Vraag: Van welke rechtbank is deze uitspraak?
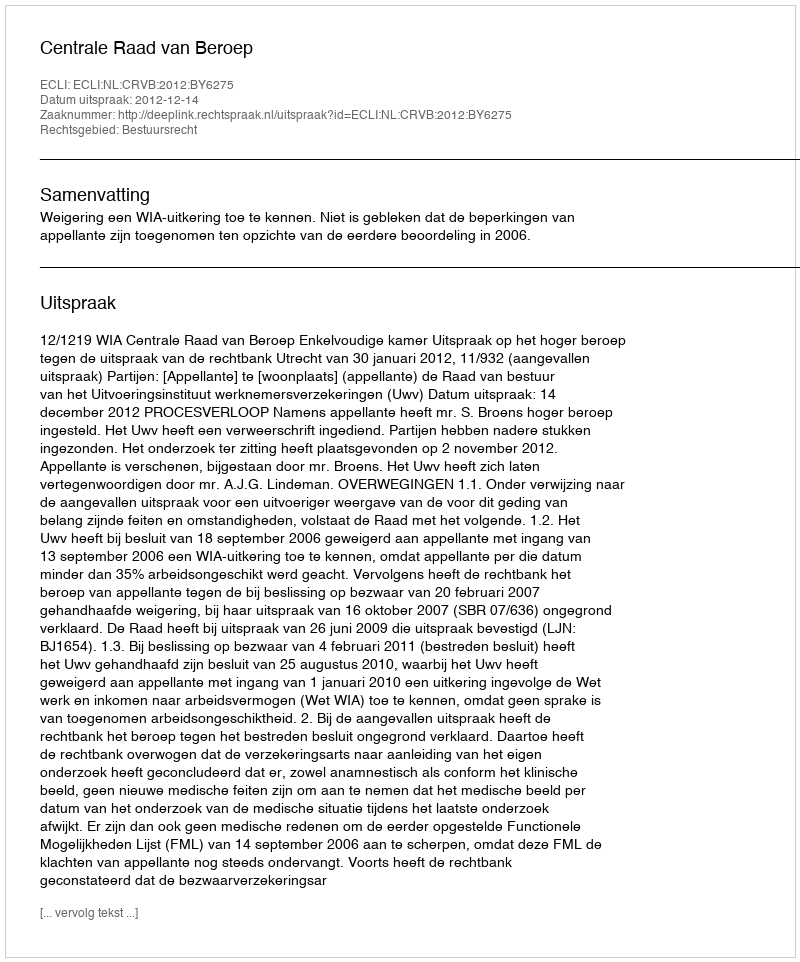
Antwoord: Centrale Raad van Beroep